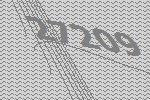
27209